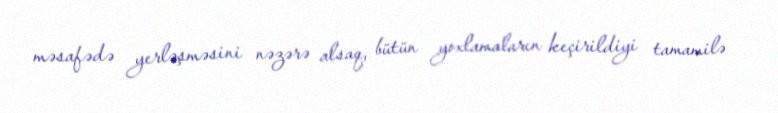
məsafədə yerləşməsini nəzərə alsaq, bütün yoxlamaların keçirildiyi tamamilə